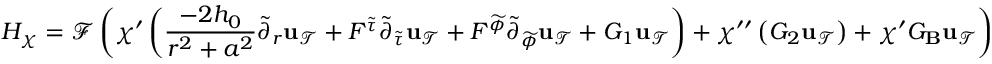
H _ { \chi } = \mathcal { F } \left( \chi ^ { \prime } \left( \frac { - 2 h _ { 0 } } { r ^ { 2 } + a ^ { 2 } } \widetilde { \partial } _ { r } { \mathbf { u } _ { \mathcal { T } } } + F ^ { { \widetilde { \tau } } } \widetilde { \partial } _ { { \widetilde { \tau } } } { \mathbf { u } _ { \mathcal { T } } } + F ^ { { \widetilde { \phi } } } \widetilde { \partial } _ { { \widetilde { \phi } } } { \mathbf { u } _ { \mathcal { T } } } + G _ { 1 } { \mathbf { u } _ { \mathcal { T } } } \right) + \chi ^ { \prime \prime } \left( G _ { 2 } { \mathbf { u } _ { \mathcal { T } } } \right) + \chi ^ { \prime } G _ { { \bf B } } { \mathbf { u } _ { \mathcal { T } } } \right)